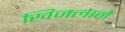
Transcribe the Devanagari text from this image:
खिजलाने